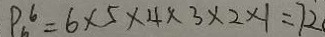
P _ { 6 } ^ { 6 } = 6 \times 5 \times 4 \times 3 \times 2 \times 1 = 7 2